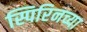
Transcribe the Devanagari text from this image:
स्पिरिनच्या